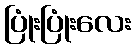
ပြုံးပြုံးလေး